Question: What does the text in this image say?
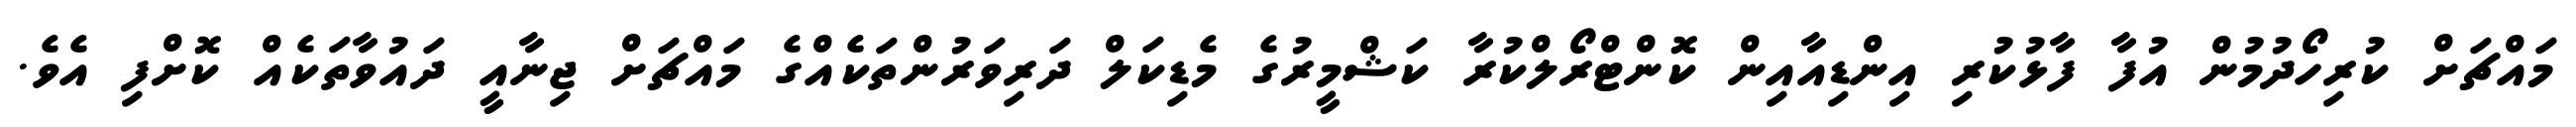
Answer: މައްޗަށް ކުރިހޯދުމުން އުފާ ފާޅުކުރި އިންޑިއާއިން ކޮންޓްރޯލްކުރާ ކަޝްމީރުގެ މެޑިކަލް ދަރިވަރުންތަކެއްގެ މައްޗަށް ޖިނާއީ ދައުވާތަކެއް ކޮށްފި އެވެ.